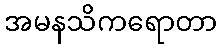
အမနသိကရောတာ